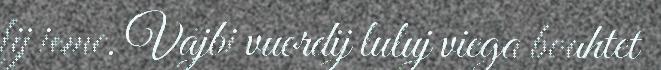
lij ieme. Vájbi vuordij luluj viega boahtet